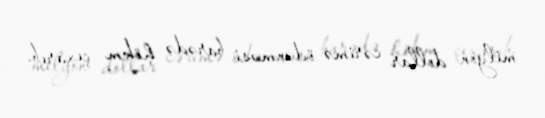
milyon dollar cərimə ödənməsi barədə hökm çıxarıb.